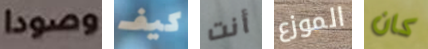
وصودا كيف أنت الموزع كان